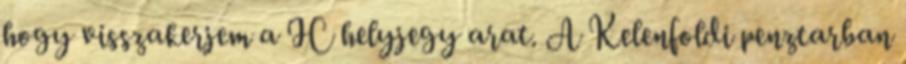
hogy visszakerjem a IC helyjegy arat. A Kelenfoldi penztarban